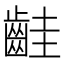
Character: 𪗹